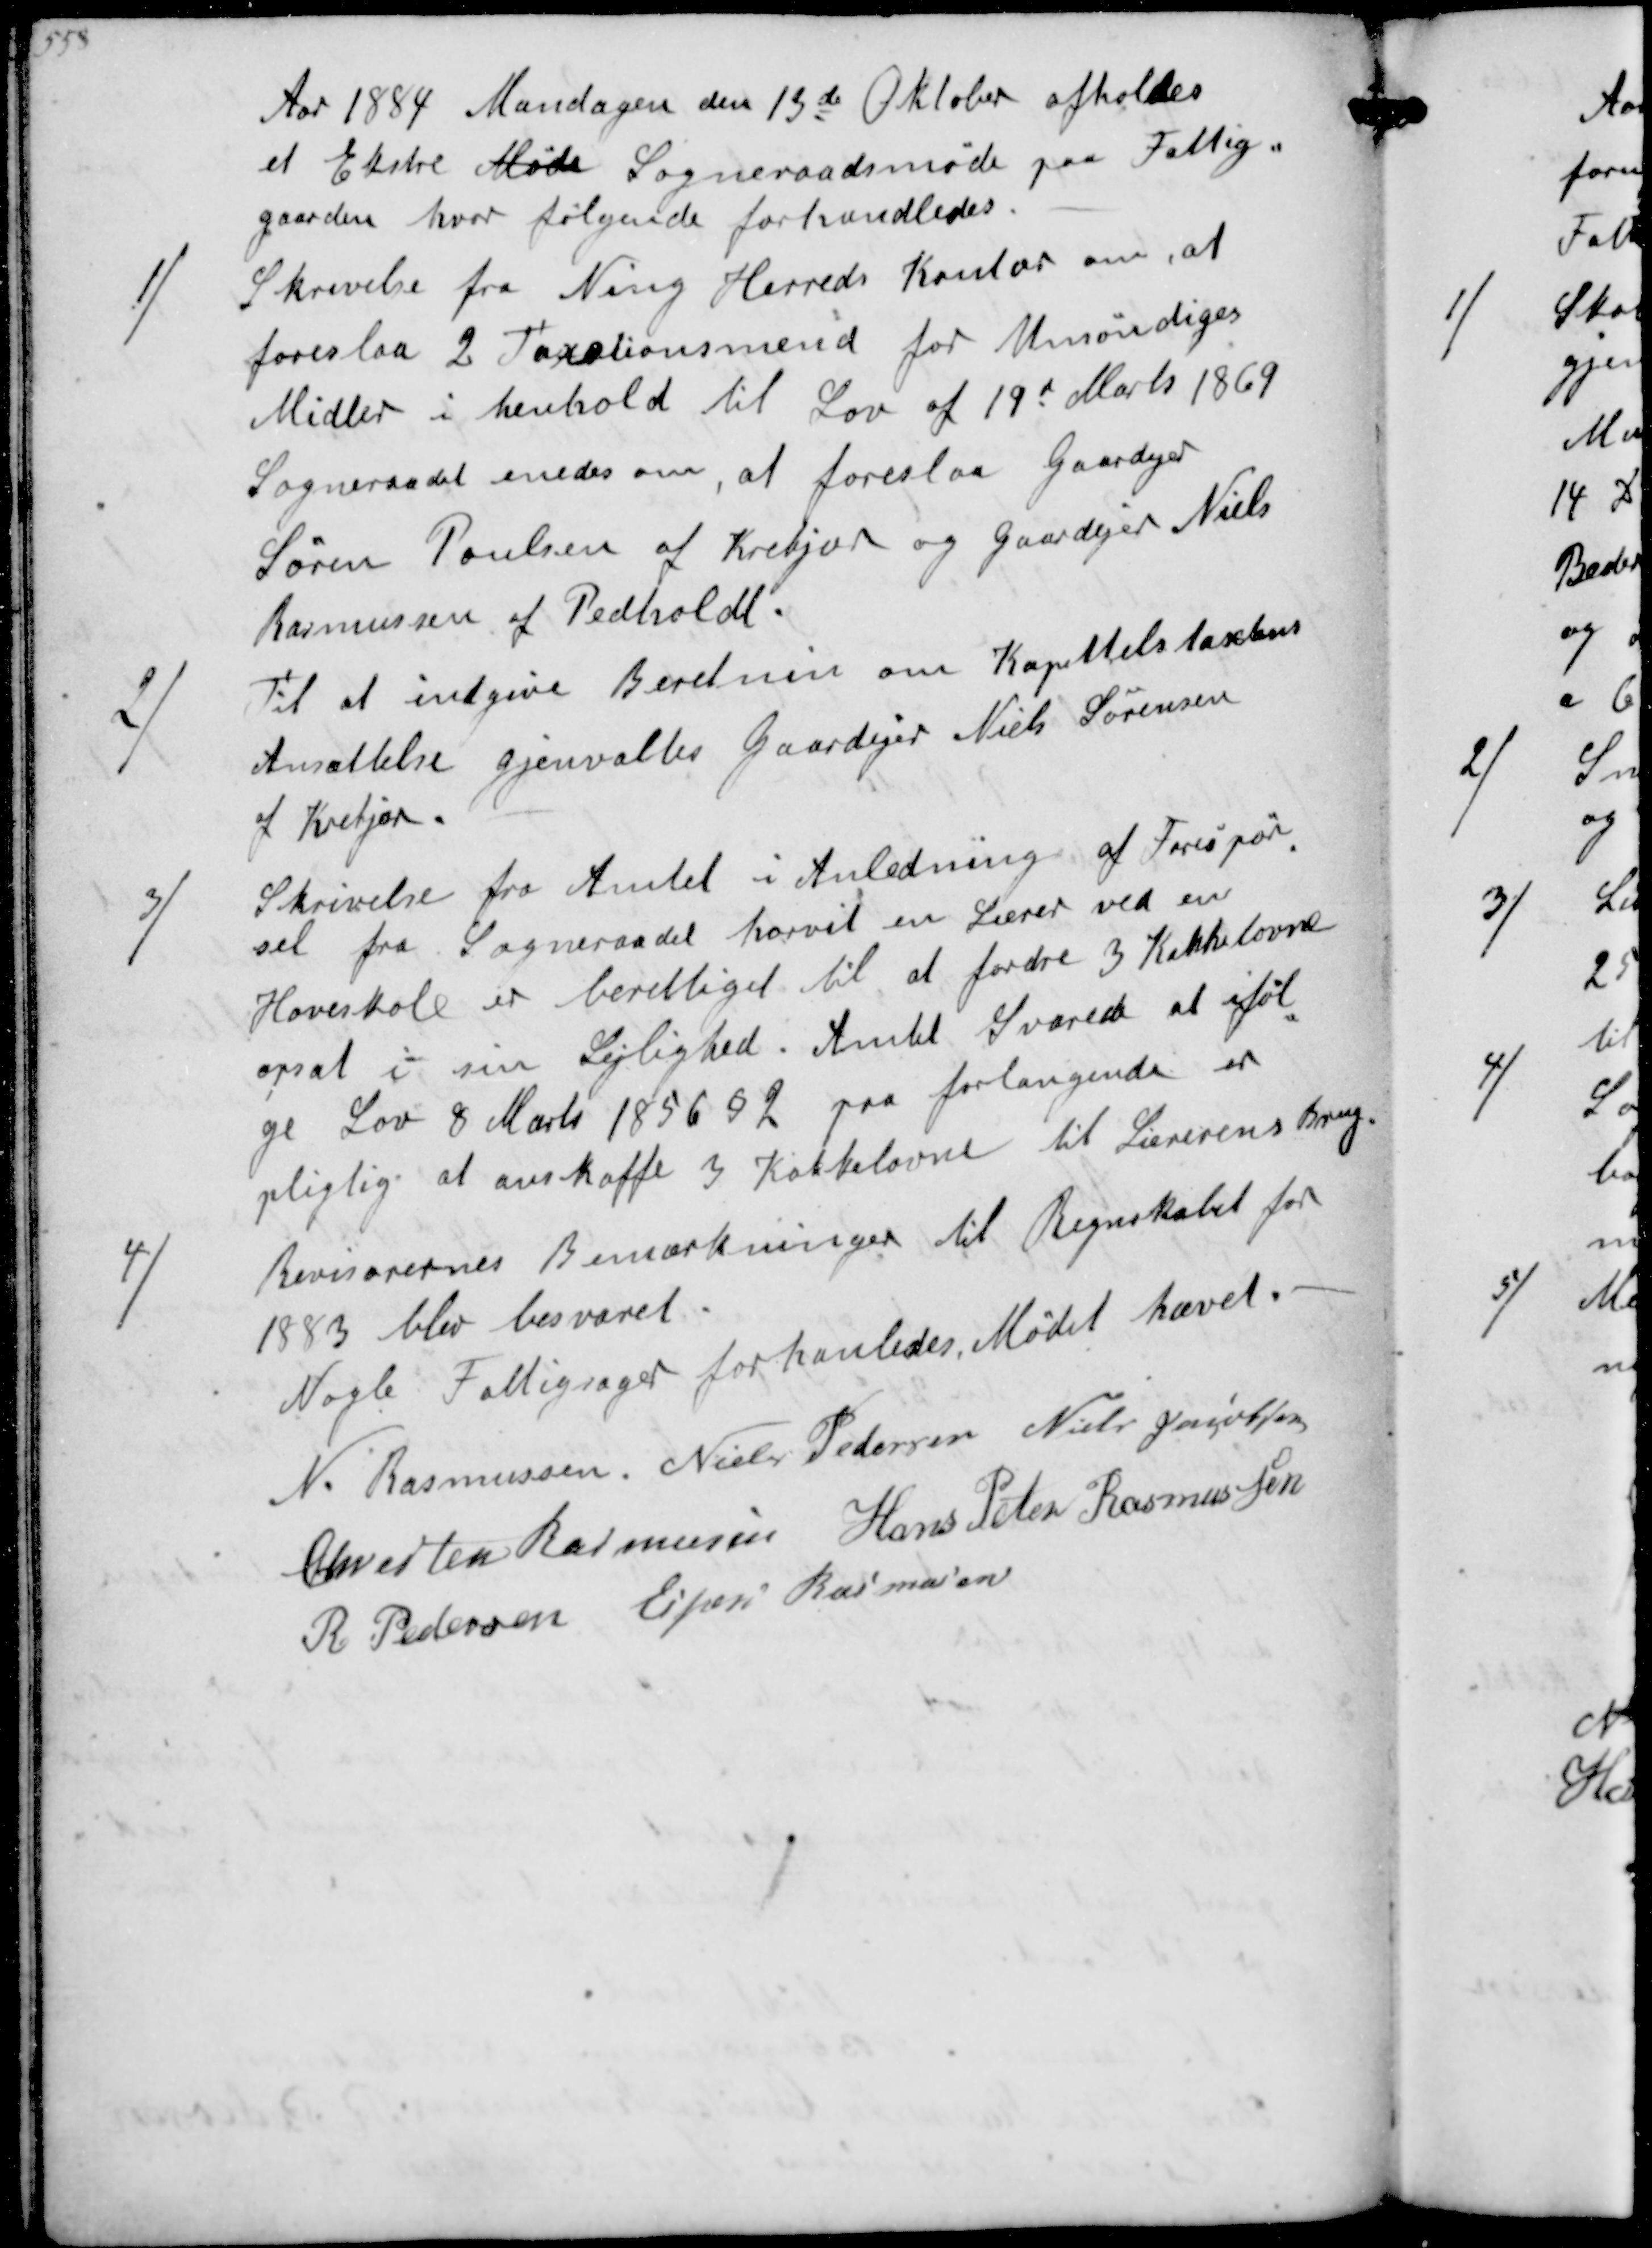
Transskription:
Aar 1884 Mandagen den 13de Oktober afholdes
et Ekstre Møde Sogneraadsmøde paa Fattig-
gaarden hvor følgende forhandledes
1/
Skrivelse fra Ning Herreds Kontor om at
foreslaa 2 Taxationsmend for Umøndiges
Midler i henhold til Lov af 19d Marts 1869
Sogneraadet enedes om, at foreslaa Gaardejer
Søren Poulsen af Krekjær og Gaardejer Niels
Rasmussen af Pedholdt
2/
Til at indgive Beretnin om Kapitteltaxtens
Ansættelse gjenvalgtes Gaardejer Niels Sørensen
af Krekjær
3/
Skrivelse fra Amtet i Anledning af Forespør-
sel fra Sogneraadet horvit en Lærer ved en
Hoveskole er berettiget til at fordre 3 Kakkelovne
opsat i sin Lejlighed. Amtet svarede at iføl-
ge Lov 8 Marts 1856 §2 paa forlangende er
pligtig til at anskaffe 3 Kakkelovne til Lærerens brug.
4/
Revisorernes Bemærkninger til Regnskabet for
1883 blev besvaret
Nogle Fattigsager forhanledes, Mødet hævet
N Rasmussen
Niels Pedersen
Niels Jacobsen
Chresten Rasmussen
Hans Peter Rasmussen
R Pedersen
Espen Rasmussen